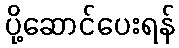
ပို့ဆောင်ပေးရန်